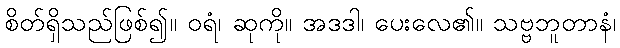
စိတ်ရှိသည်ဖြစ်၍။ ဝရံ၊ ဆုကို။ အဒဒါ၊ ပေးလေ၏။ သဗ္ဗဘူတာနံ၊